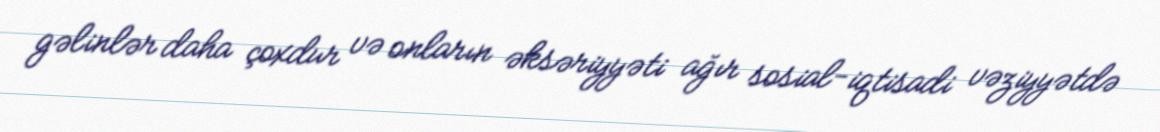
gəlinlər daha çoxdur və onların əksəriyyəti ağır sosial-iqtisadi vəziyyətdə